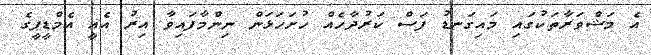
އެ މަޝްވަރާތަކުގައި މައިގަނޑު ފަސް ކަރުދާހެެއް ހުށަހަޅަން ނިންމާފައިވާ އިރު އެއީ އެމްޑީޕީގެ